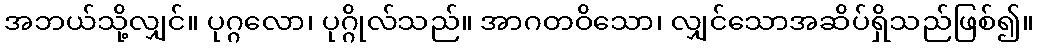
အဘယ်သို့လျှင်။ ပုဂ္ဂလော၊ ပုဂ္ဂိုလ်သည်။ အာဂတဝိသော၊ လျှင်သောအဆိပ်ရှိသည်ဖြစ်၍။